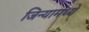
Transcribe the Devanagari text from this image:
जिन्यामध्ये